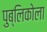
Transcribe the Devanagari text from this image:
पुब्लिकोला